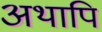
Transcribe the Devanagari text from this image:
अथापि